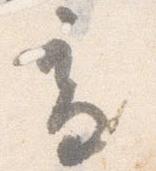
高